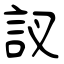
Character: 訍